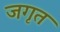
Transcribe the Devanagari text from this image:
जगृत